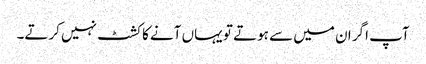
آپ اگر ان میں سے ہوتے تو یہاں آنے کا کشٹ نہیں کرتے۔